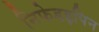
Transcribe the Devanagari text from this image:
निफेडइपिन